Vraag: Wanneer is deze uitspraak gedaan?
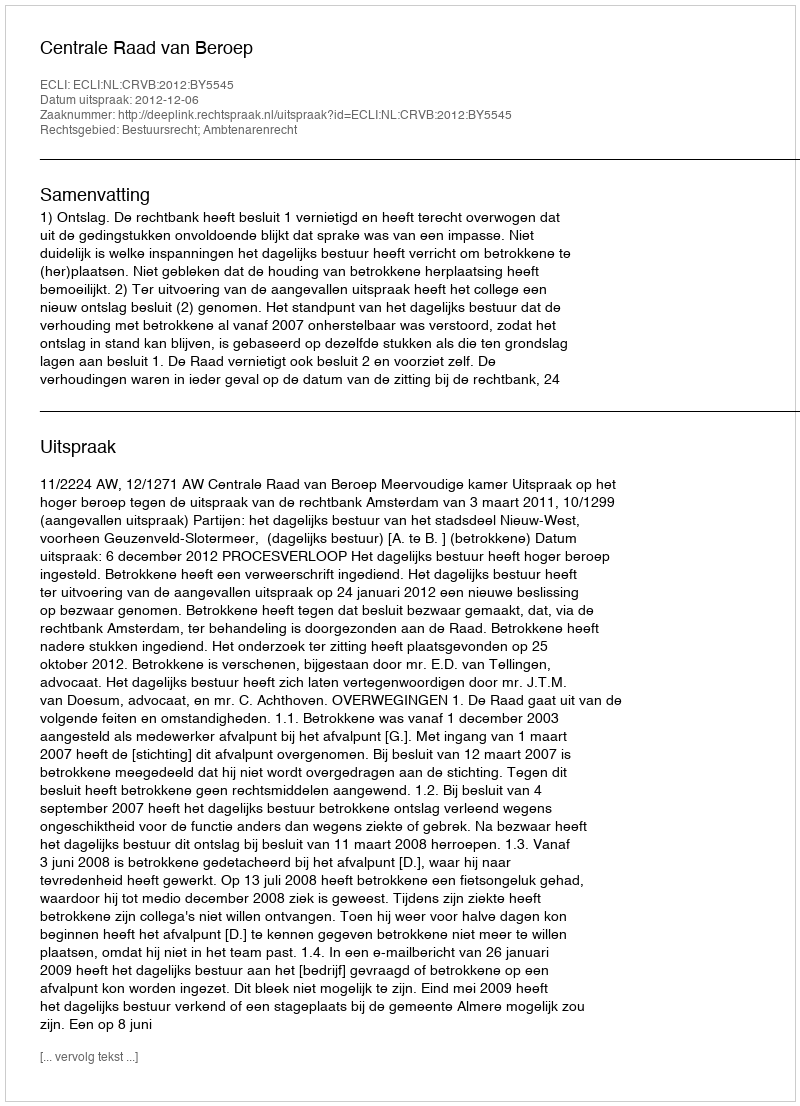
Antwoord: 2012-12-06